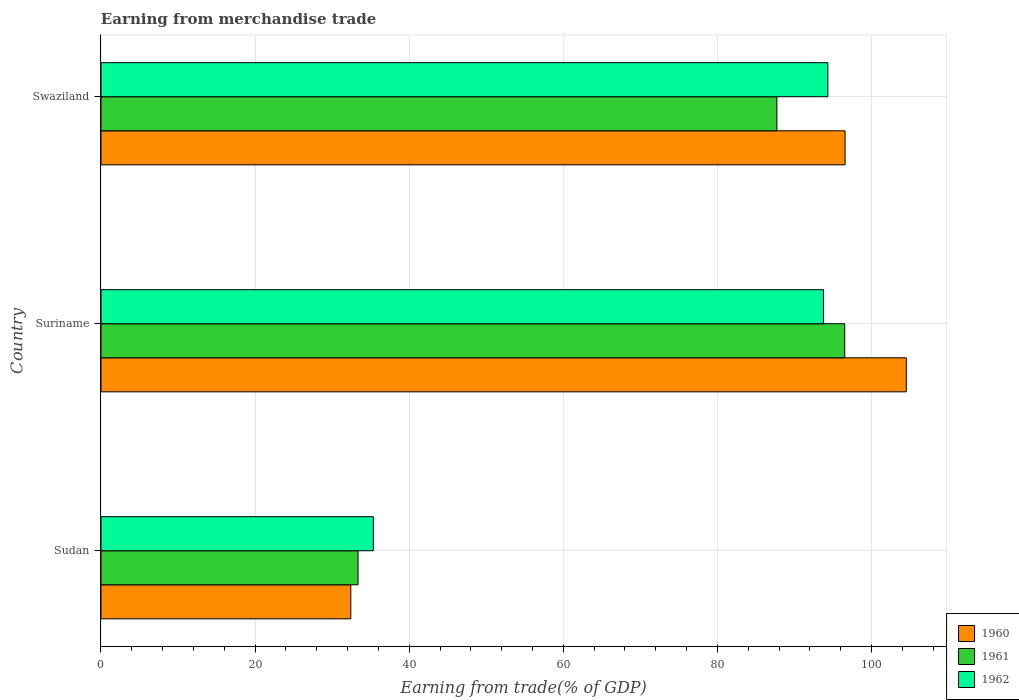
| Country | 1960 | 1961 | 1962 |
 | --- | --- | --- | --- |
 | Sudan | 32.4 | 33.4 | 35.3 |
 | Suriname | 105 | 96.5 | 93.8 |
 | Swaziland | 96.6 | 87.7 | 94.3 |